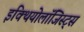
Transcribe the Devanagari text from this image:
इक्थियोलॉजिस्ट्स